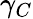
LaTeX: \gamma_{C}